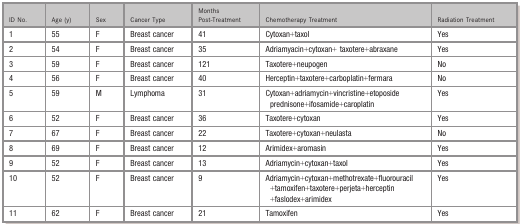
<table><thead><tr><td><b>ID No.</b></td><td><b>Age (y)</b></td><td><b>Sex</b></td><td><b>Cancer Type</b></td><td><b>Months Post‐Treatment</b></td><td><b>Chemotherapy Treatment</b></td><td><b>Radiation Treatment</b></td></tr></thead><tbody><tr><td>1</td><td>55</td><td>F</td><td>Breast cancer</td><td>41</td><td>Cytoxan+taxol</td><td>Yes</td></tr><tr><td>2</td><td>54</td><td>F</td><td>Breast cancer</td><td>35</td><td>Adriamyacin+cytoxan+ taxotere+abraxane</td><td>Yes</td></tr><tr><td>3</td><td>59</td><td>F</td><td>Breast cancer</td><td>121</td><td>Taxotere+neupogen</td><td>No</td></tr><tr><td>4</td><td>56</td><td>F</td><td>Breast cancer</td><td>40</td><td>Herceptin+taxotere+carboplatin+fermara</td><td>No</td></tr><tr><td>5</td><td>59</td><td>M</td><td>Lymphoma</td><td>31</td><td>Cytoxan+adriamycin+vincristine+etoposide prednisone+ifosamide+caroplatin</td><td>Yes</td></tr><tr><td>6</td><td>52</td><td>F</td><td>Breast cancer</td><td>36</td><td>Taxotere+cytoxan</td><td>Yes</td></tr><tr><td>7</td><td>67</td><td>F</td><td>Breast cancer</td><td>22</td><td>Taxotere+cytoxan+neulasta</td><td>No</td></tr><tr><td>8</td><td>69</td><td>F</td><td>Breast cancer</td><td>12</td><td>Arimidex+aromasin</td><td>Yes</td></tr><tr><td>9</td><td>52</td><td>F</td><td>Breast cancer</td><td>13</td><td>Adriamycin+cytoxan+taxol</td><td>Yes</td></tr><tr><td>10</td><td>52</td><td>F</td><td>Breast cancer</td><td>9</td><td>Adriamycin+cytoxan+methotrexate+fluorouracil+tamoxifen+taxotere+perjeta+herceptin+faslodex+arimidex</td><td>Yes</td></tr><tr><td>11</td><td>62</td><td>F</td><td>Breast cancer</td><td>21</td><td>Tamoxifen</td><td>Yes</td></tr></tbody></table>